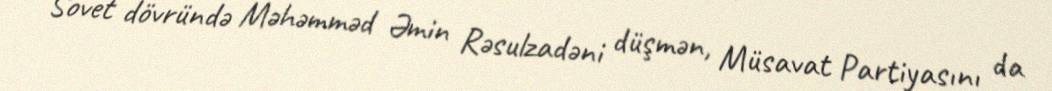
Sovet dövründə Məhəmməd Əmin Rəsulzadəni düşmən, Müsavat Partiyasını da